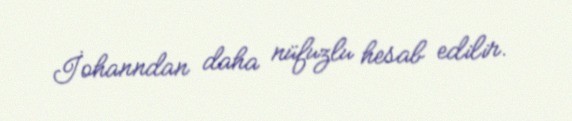
İohanndan daha nüfuzlu hesab edilir.